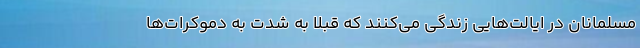
مسلمانان در ایالت‌هایی زندگی می‌کنند که قبلاً به شدت به دموکرات‌ها